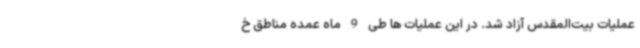
عملیات بیت‌المقدس آزاد شد. در این عملیات ها طی 9 ماه عمده مناطق خ